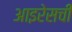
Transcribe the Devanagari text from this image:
आइरेसची